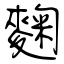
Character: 麴